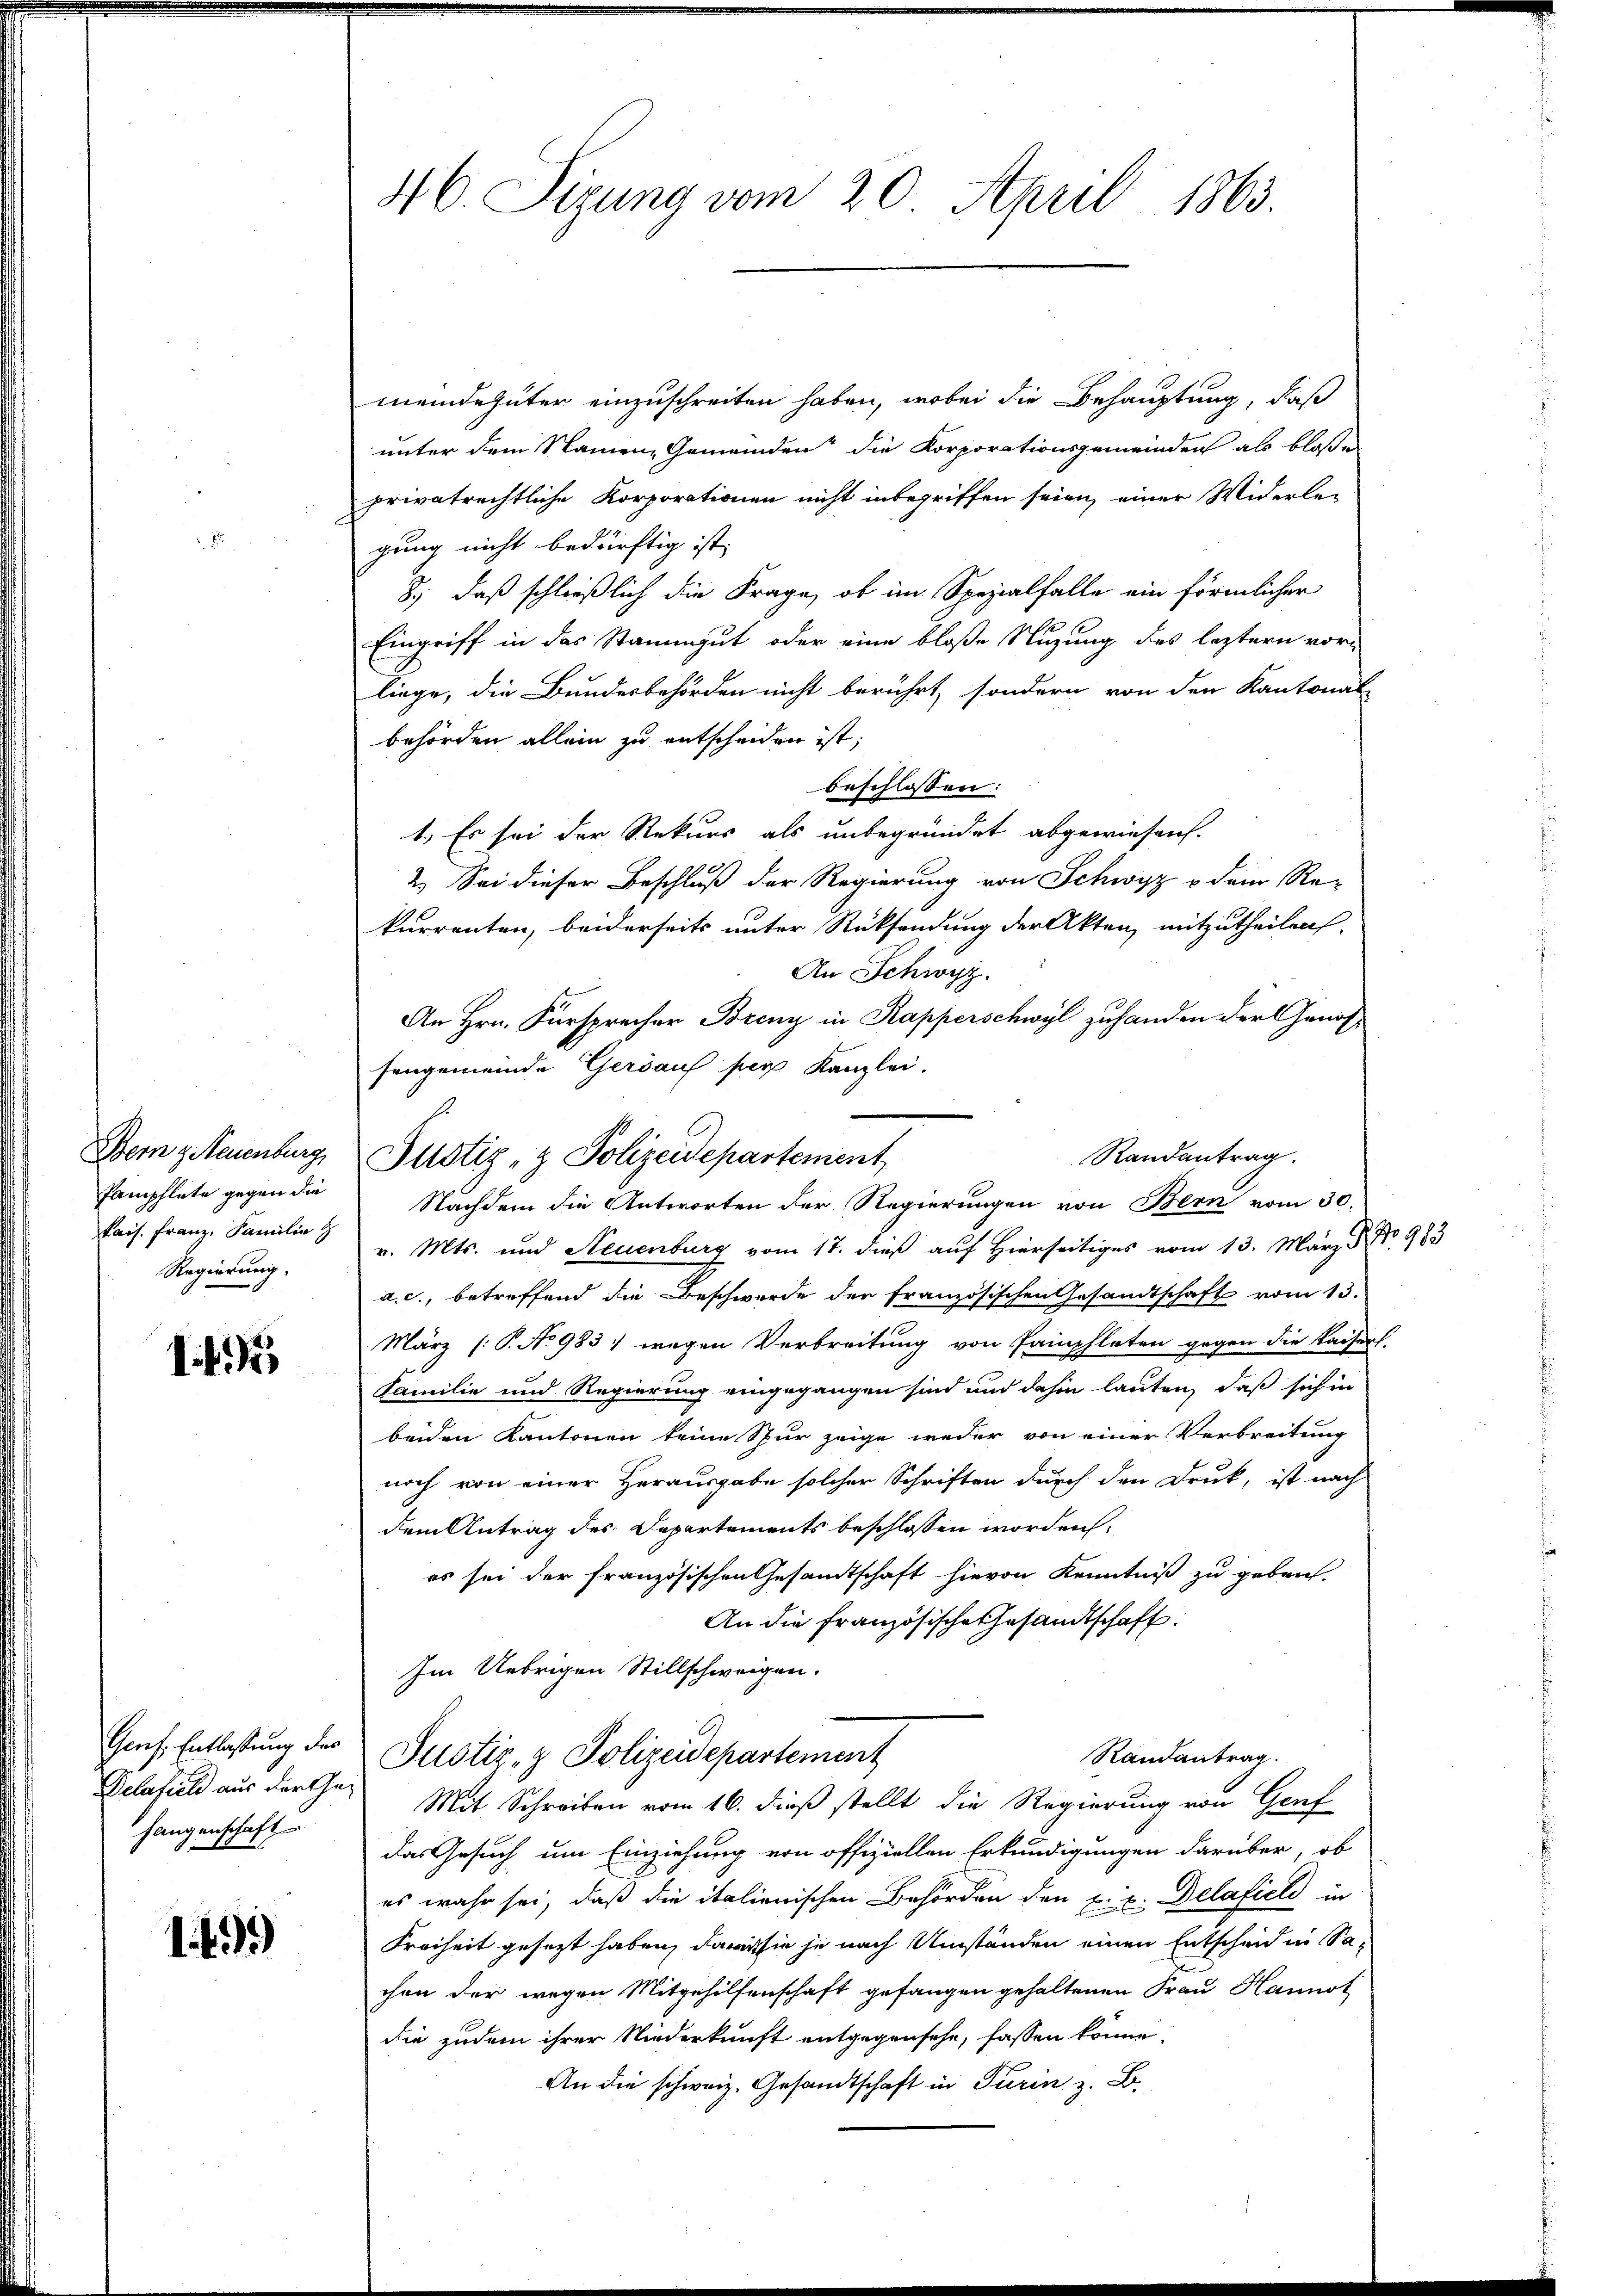
Bern & Neuenburg,
Pamphlete gegen die
tais. Franz. Familie
Regierung.

1f

Genf Entlassung der
Delafiel aus der Gefangenschaft

14)

46. Sizung vom 20. April 1863.

meindegüter einzuschreiten haben, wobei die Behauptung, daß
unter dem Namen, Gemeinden die Korporationsgemeinden als bloßen
privatrechtliche Korporationen nicht inbegriffen seien, einer Widerleg
gung nicht bedürftig ist,
8.) daß schließlich die Frage, ob im Spezialfalle ein förmlicher
Eingriff in das Stammgut oder eine bloße Nuzung des leztern vor-
liege, die Bundesbehörden nicht berührt, sondern von den Kantonal-
behörden allein zu entscheiden ist;
beschlossen:
1.) Es sei der Rekurs als unbegründet abgewiesen.
2.) Sei dieser Beschluß der Regierung von Schwyz u dem Re-
kurrenten, beiderseits unter Rücksendung der Akten, mitzutheilen.
An Schwyz.
An Hrn. Fürsprecher Breny in Kapperschwyl zuhanden der Genossengemeinde Gersauf per Kanzlei.
Randantrag.
Nachdem die Antworten der Regierungen von Bern vom 30.
v. Mts. und Steuenburg vom 17. dieß auf Hierseitiges vom 13. März d. No 983
a. c., betreffend die Beschwerde der französischen Gesandtschaft vom 13.
März (: P. No 9831 wegen Verbreitung von Pamphleten gegen die kaisert.
Familie und Regierung eingegangen sind und dahin lauten, daß sich in
beiden Kantonen keine Spur zeige weder von einer Verbreitung
noch von einer Herausgabe solcher Schriften durch den Druck, ist nach
dem Antrag des Departements beschlossen worden.
es sei der französischen Gesandtschaft hievon Kenntniß zu geben.
An die französische Gesandtschaft.
Im Uebrigen Stillschweigen.
Randantrag.
Justiz- & Polizeidepartement
Mit Schreiben vom 16. dieß stellt die Regierung von Genf
das Gesuch um Einziehung von offiziellen Erkundigungen darüber, ob
es wahr sei, daß die italienischen Behörden den u. v. Delafieli in
Freiheit gesezt haben, da sie je nach Umständen einen Entscheid in Sachen der wegen Mitgehilfenschaft gefangen gehaltenen Frau Hannot
die zudem ihrer Niederkunft entgegensehe, fassen könne.
An die schweiz. Gesandtschaft in Turin z. B.

Justiz- & Polizeidepartement,